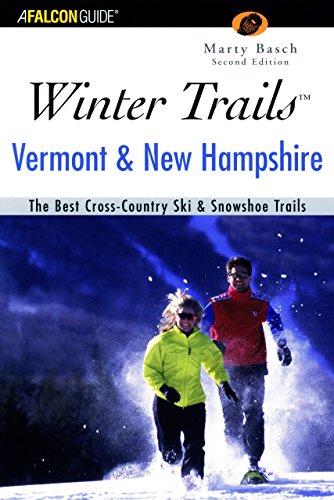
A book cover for Winter TrailsEE¢ Vermont and New Hampshire, 2nd: The Best Cross-Country Ski & Showshoe Trails (Winter Trails Series); Marty Basch; Travel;